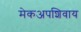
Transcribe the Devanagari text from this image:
मेकअपशिवाय